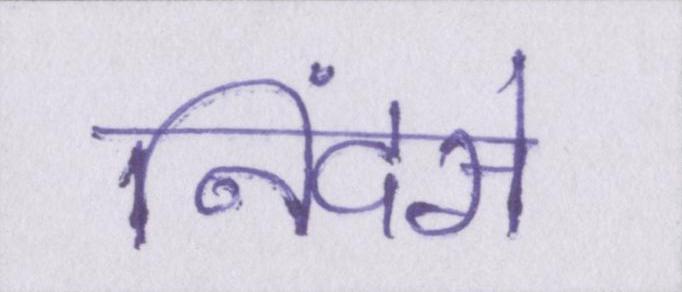
निंदसे